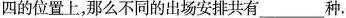
四的位置上，那么不同的出场安排共有___种。